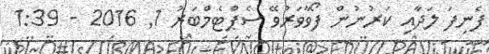
ފެނިފަ ލަދާއި ކަރުނުން ފޯވާވަރުވޭ ސެޕްޓެމްބަރު 1